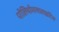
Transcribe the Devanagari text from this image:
पोलियोमायालाइटिस